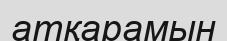
атқарамын